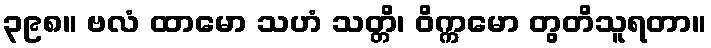
၃၉၈။ ဗလံ ထာမော သဟံ သတ္တိ၊ ဝိက္ကမော တွတိသူရတာ။